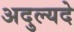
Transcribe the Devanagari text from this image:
अदुल्यदे